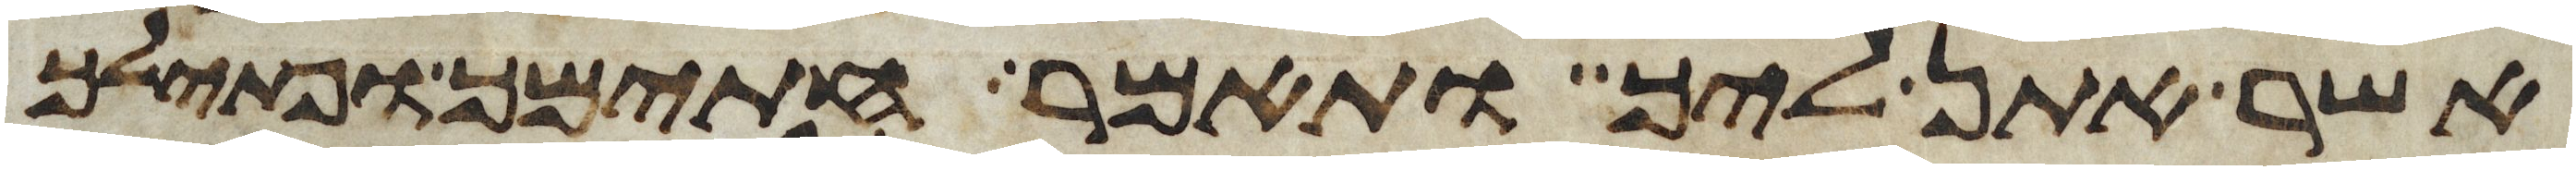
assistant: אשר אתן ליך ותאמר חתימך ופתילך